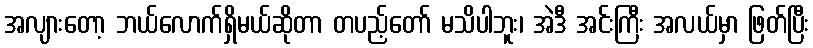
အလျားတော့ ဘယ်လောက်ရှိမယ်ဆိုတာ တပည့်တော် မသိပါဘူး၊ အဲဒီ အင်းကြီး အလယ်မှာ ဖြတ်ပြီး